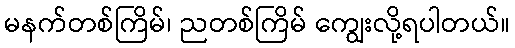
မနက်တစ်ကြိမ်၊ ညတစ်ကြိမ် ကျွေးလို့ရပါတယ်။